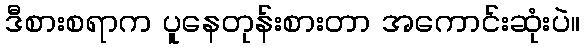
ဒီစားစရာက ပူနေတုန်းစားတာ အကောင်းဆုံးပဲ။